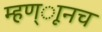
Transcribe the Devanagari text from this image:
म्हण्ाूनच